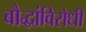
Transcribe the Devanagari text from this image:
बौद्धांविरोधी